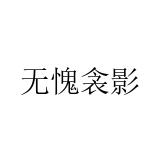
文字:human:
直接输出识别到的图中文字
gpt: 无愧衾影